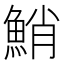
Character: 鮹